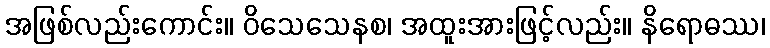
အဖြစ်လည်းကောင်း။ ဝိသေသေနစ၊ အထူးအားဖြင့်လည်း။ နိရောဓဿ၊